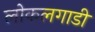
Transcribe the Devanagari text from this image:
लोकलगाडी